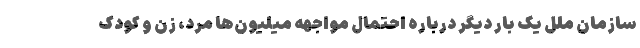
سازمان ملل یک بار دیگر درباره احتمال مواجهه میلیون‌ها مرد، زن و کودک